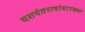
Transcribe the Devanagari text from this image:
यशवंतरावांसारख्या